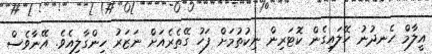
އީލާމް ހެނދުނު ހޭލައިގެން ކޮޓަރިން ނިކުތުމަށް ފަހު ގޭތެރެއަށް ނަޒަރު ހިންގާލިއެވެ. އޭނާވެސް